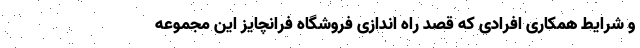
و شرایط همکاری افرادی که قصد راه اندازی فروشگاه فرانچایز این مجموعه